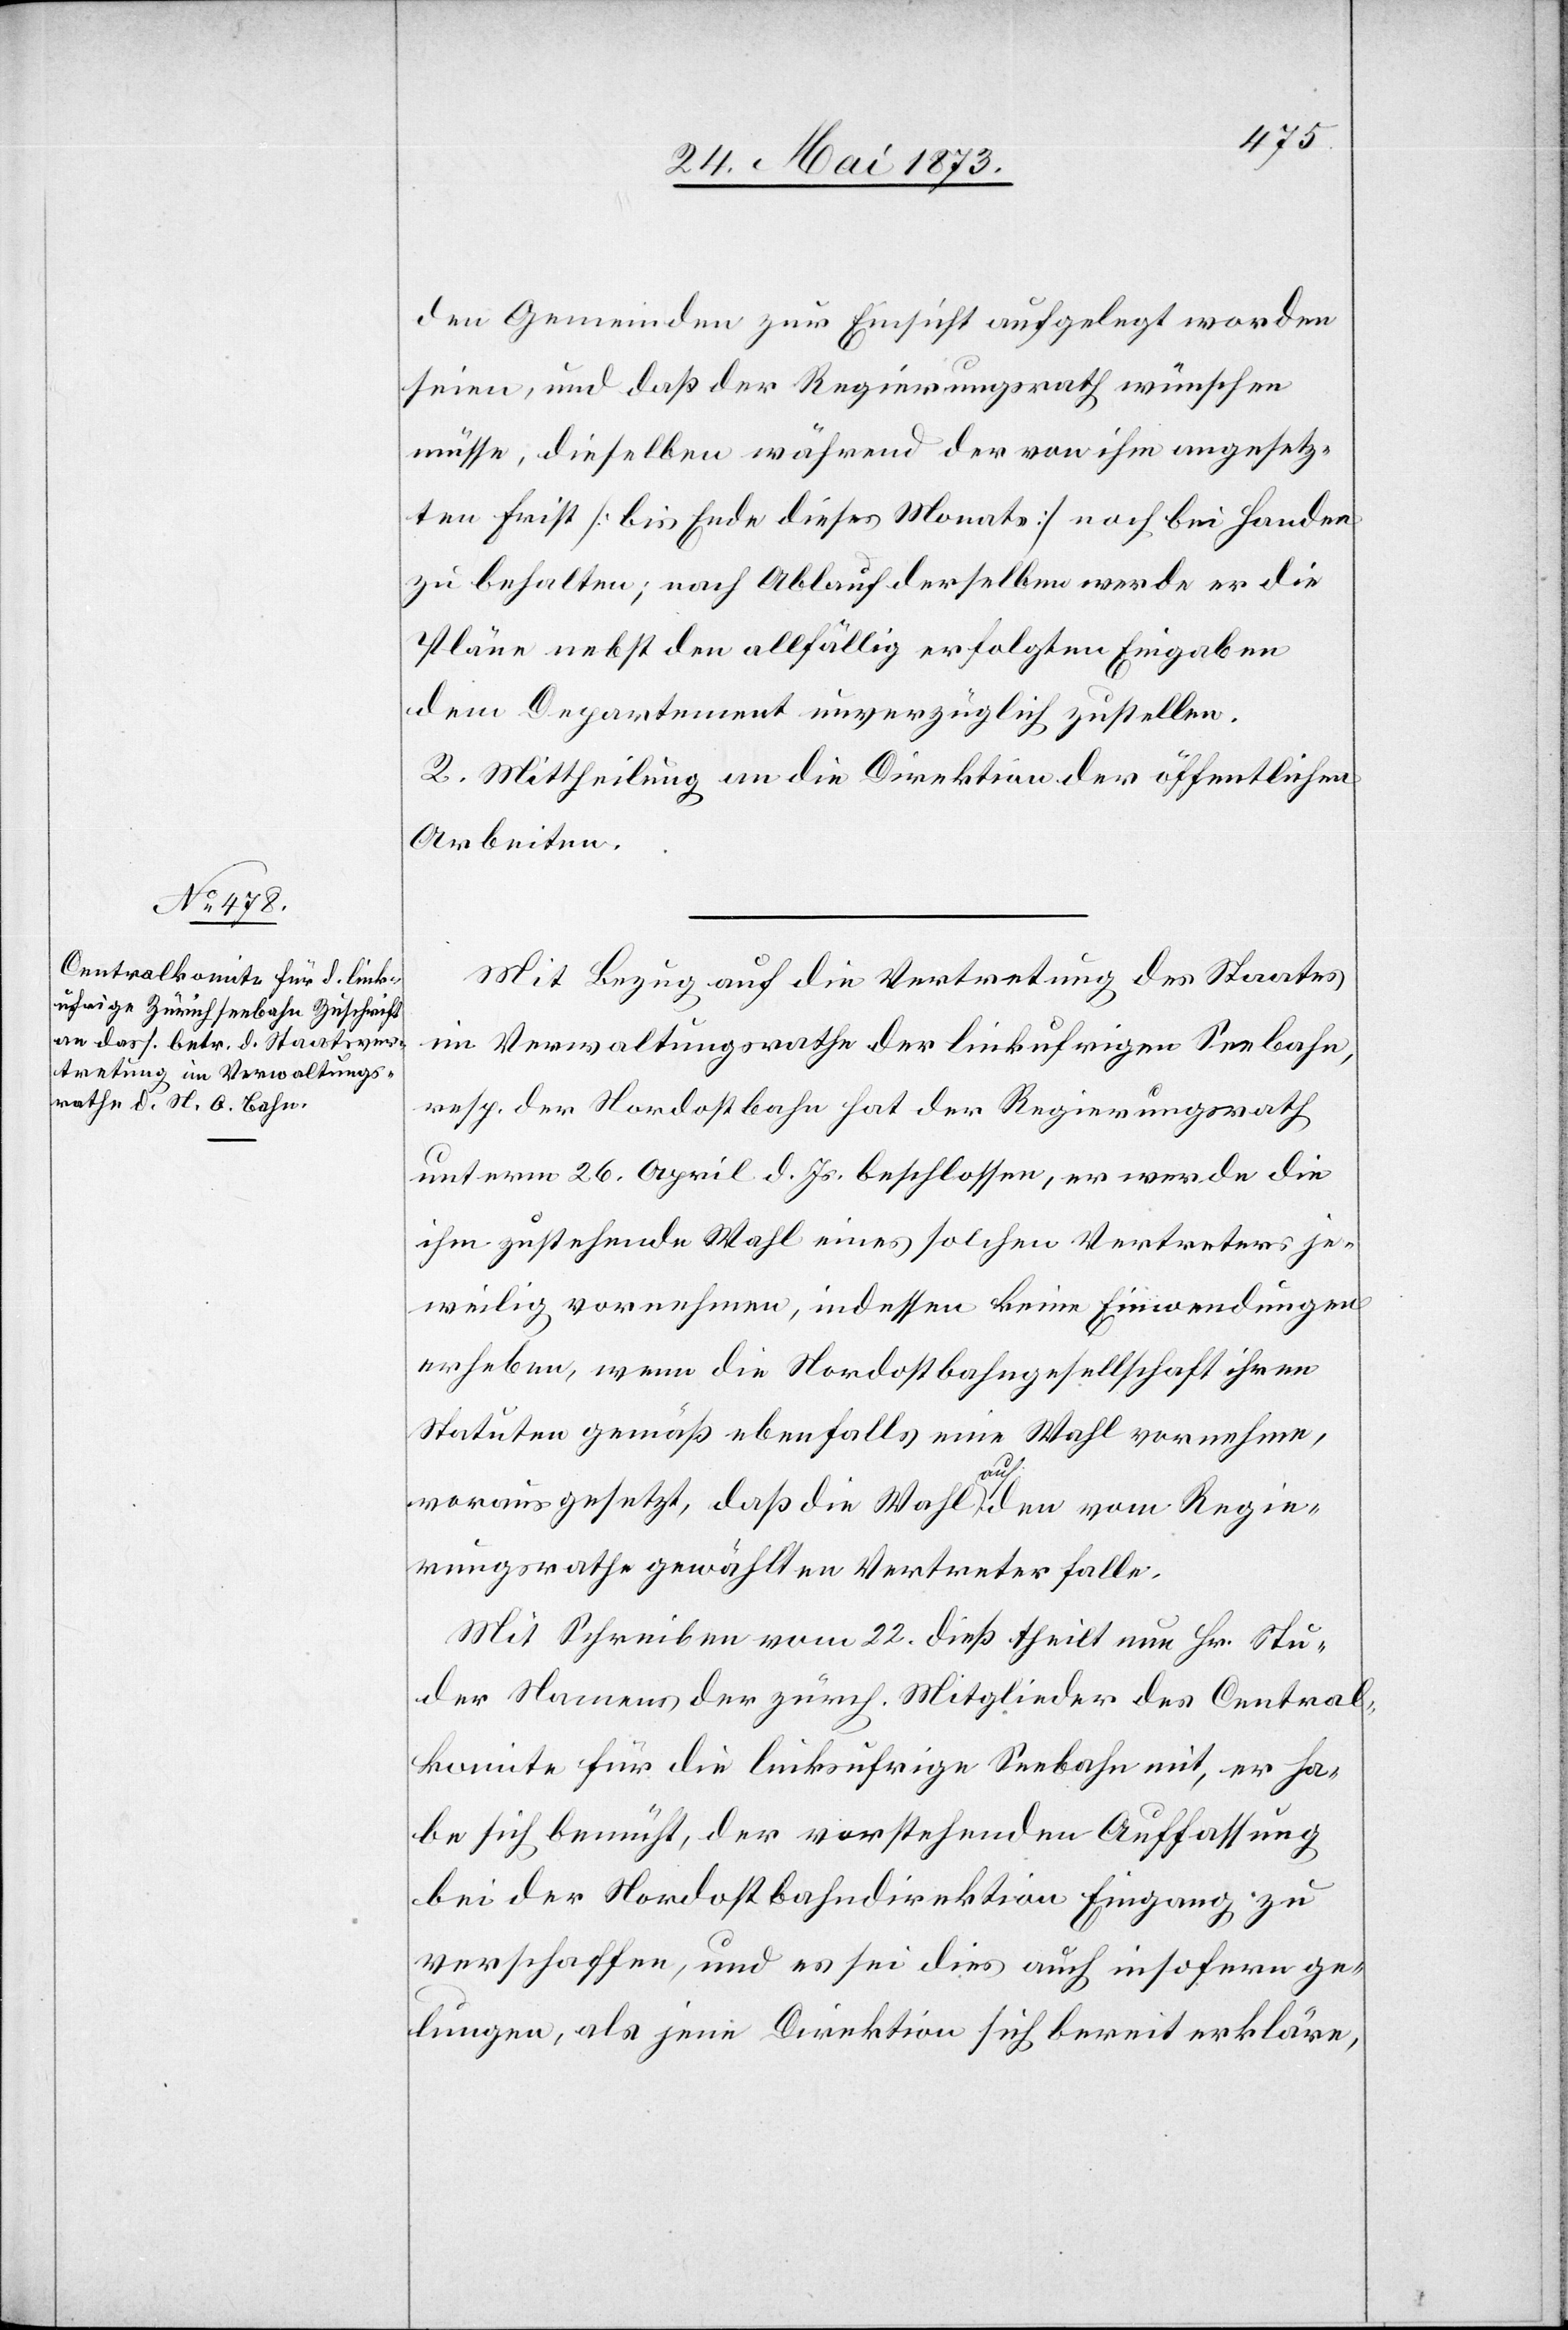
der Gemeinden zur Einsicht aufgelegt worden
seien, und daß der Regierungsrath wünschen
müsse, dieselben während der von ihm angesetz¬
ten Frist [bis Ende dieses Monats] noch bei Handen
zu behalten; nach Ablauf derselben werde er die
Pläne nebst den allfällig erfolgten Eingaben
dem Departement unverzüglich zustellen.
2. Mittheilung an die Direktion der öffentlichen
Arbeiten.
Mit Bezug auf die Vertretung des Staates
im Verwaltungsrathe der linkufrigen Seebahn,
resp. der Nordostbahn hat der Regierungsrath
unterm 26. April d. Js. beschlossen, er werde die
ihm zustehende Wahl eines solchen Vertreters je¬
weilig vornehmen, indessen keine Einwendungen
erheben, wenn die Nordostbahngesellschaft ihren
Statuten gemäß ebenfalls eine Wahl vornehme,
vorausgesetzt, daß die Wahl auf den vom Regie¬
rungsrathe gewählten Vertreter falle.
Mit Schreiben vom 22. dieß theilt nun Hr. Stu¬
der Namens der zürch. Mitglieder des Central¬
komite für die linksufrige Seebahn mit, er ha¬
be sich bemüht, der vorstehenden Auffassung
bei der Nordostbahndirektion Eingang zu
verschaffen, und es sei dies auch insofern ge¬
lungen, als jene Direktion sich bereit erkläre,